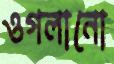
ওগলানো